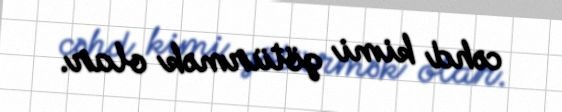
cəhd kimi götürmək olar.